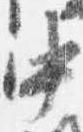
中